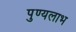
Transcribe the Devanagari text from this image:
पुण्यलाभ